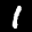
Label: 1